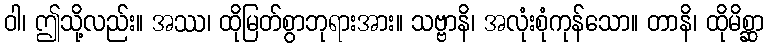
ဝါ၊ ဤသို့လည်း။ အဿ၊ ထိုမြတ်စွာဘုရားအား။ သဗ္ဗာနိ၊ အလုံးစုံကုန်သော။ တာနိ၊ ထိုမိစ္ဆာ